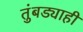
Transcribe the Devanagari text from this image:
तुंबड्याही